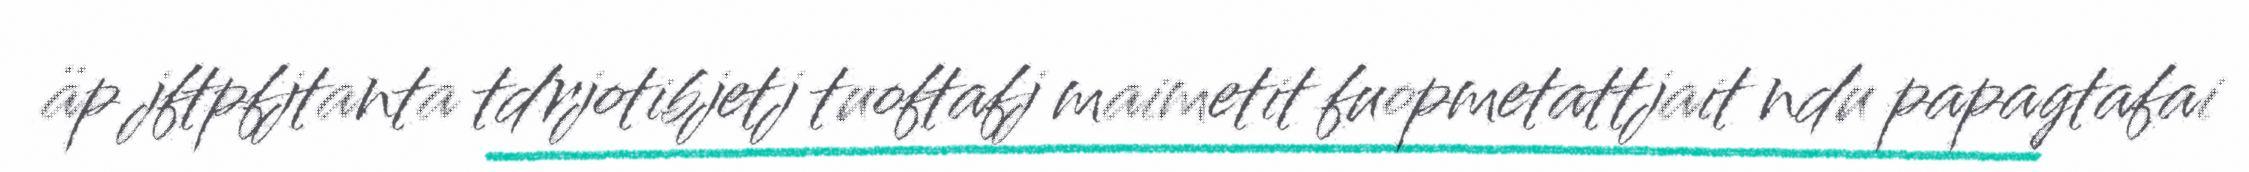
äp jftpfjtanta tdrjotibjetj tuoftafj maimetit fuopmetattjait ndu papagtafai